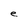
Character: e